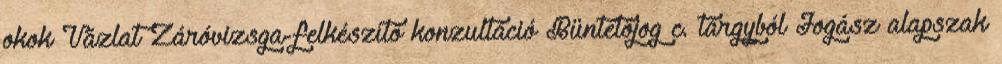
okok Vázlat Záróvizsga-felkészítő konzultáció Büntetőjog c. tárgyból Jogász alapszak